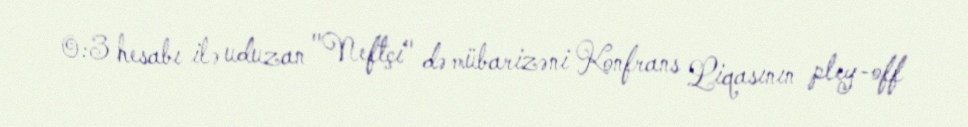
0:3 hesabı ilə uduzan "Neftçi" də mübarizəni Konfrans Liqasının pley-off